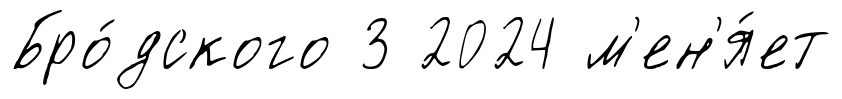
Бро́дского 3 2024 м'ен'я́ет